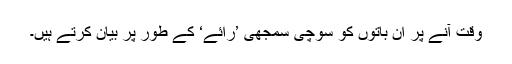
وقت آنے پر ان باتوں کو سوچی سمجھی ’رائے‘ کے طور پر بیان کرتے ہیں۔